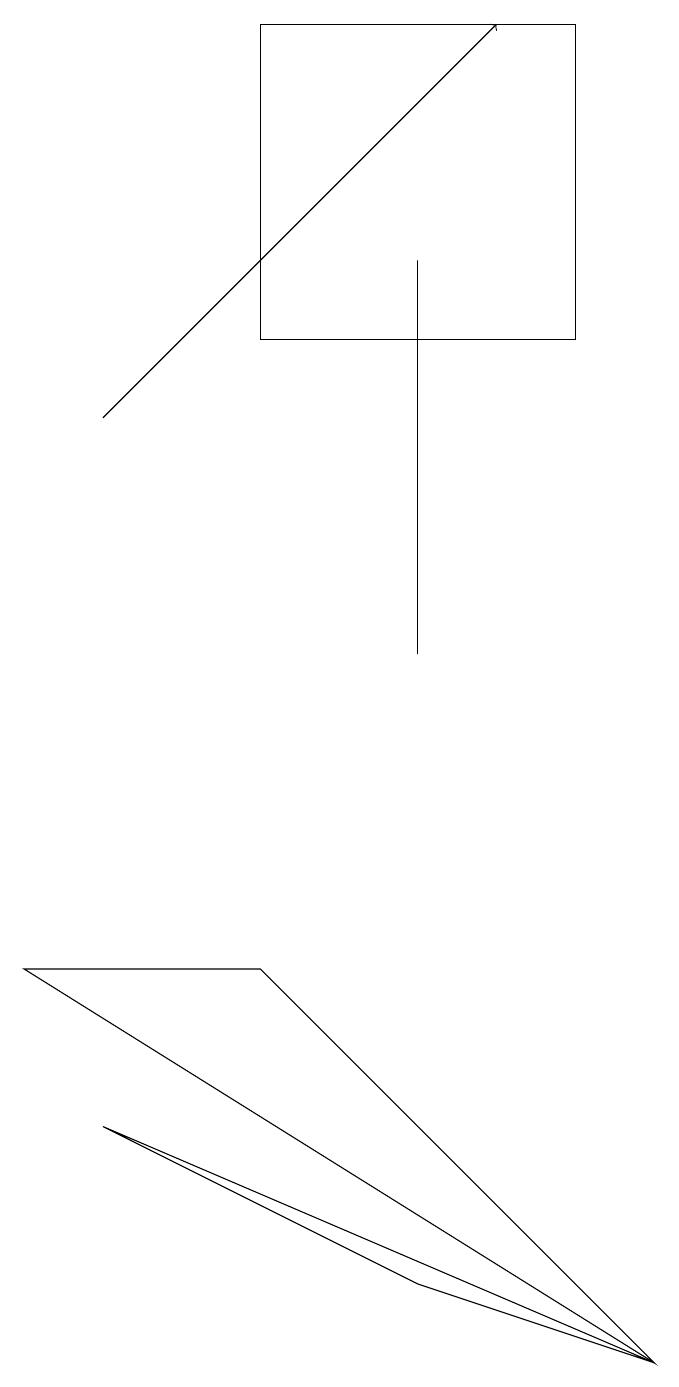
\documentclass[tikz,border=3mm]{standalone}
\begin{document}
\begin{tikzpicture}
\draw[->] (2,13) -- (7,18);
\draw (1,6) -- (4,6) -- (9,1) -- cycle;
\draw (9,1) -- (2,4) -- (6,2) -- cycle;
\draw (4,14) rectangle (8,18);
\draw (6,15) rectangle (6,10);
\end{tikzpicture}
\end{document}